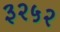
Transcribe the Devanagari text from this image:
३२५२